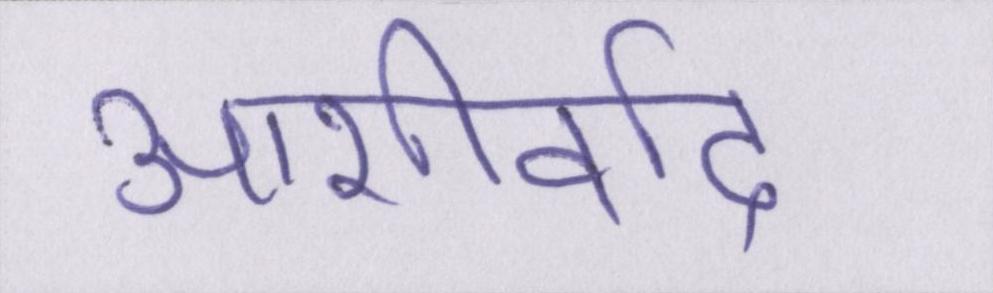
आशीर्वाद